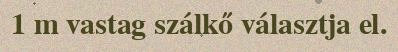
1 m vastag szálkő választja el.